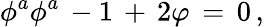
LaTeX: \phi^{a}\phi^{a}\, -1\, +\, 2\varphi\, =\, 0\, ,